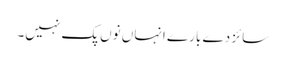
سائز دے بارے انہاں نوں پک نہیں۔